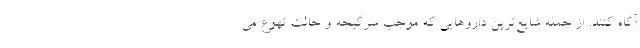
آگاه کنند. از جمله شایع‌ترین داروهایی که موجب سرگیجه و حالت تهوع می